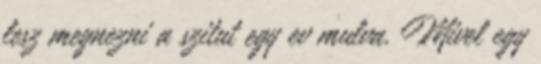
lesz megnezni a szitut egy ev mulva. Mivel egy